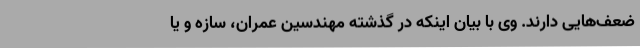
ضعف‌هایی دارند. وی با بیان اینکه در گذشته مهندسین عمران، سازه و یا